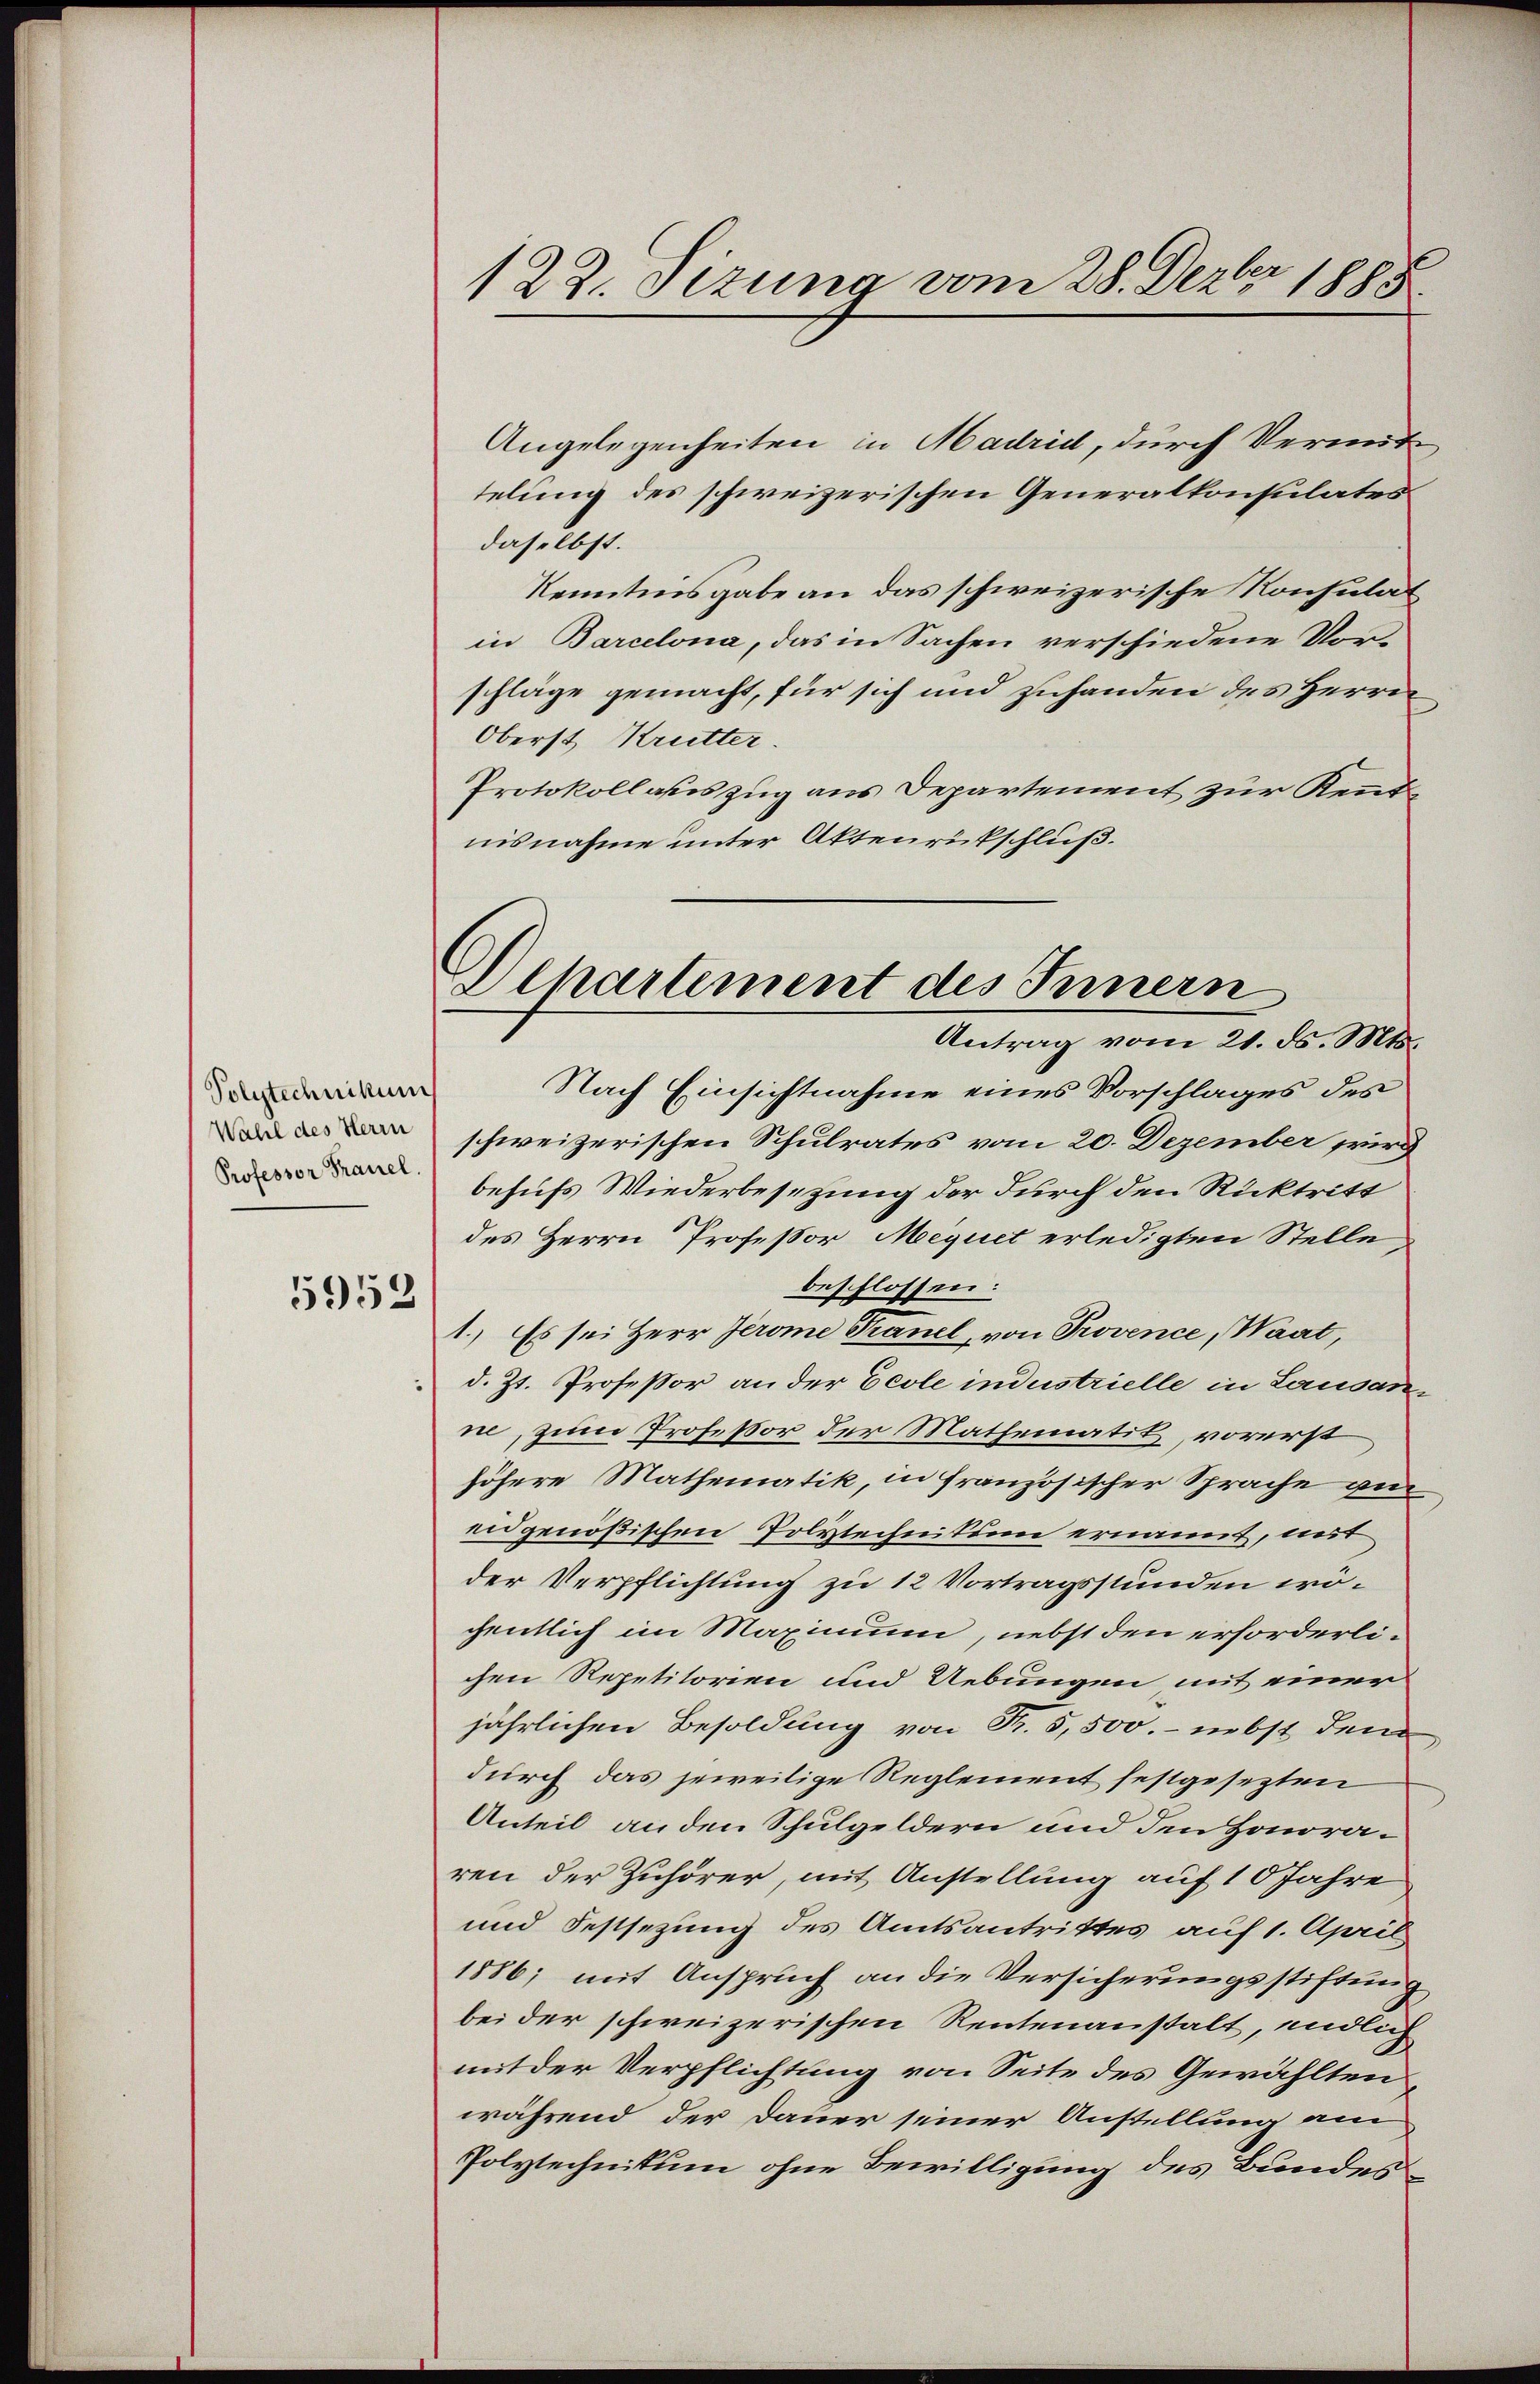
Volytechnikum
Wahl des Herrn
Professor Frauel

5953

123. Sizung vom 28. Dezbr 1885

Dchartement des Innern
Antrag vom 21. ds. Mts.

Angelegenheiten in Madrid, durch Vermittelung des schweizerischen Generalkonsulates
daselbst.
Kenntnisgabe an das schweizerische Konsulat
in Barcelona, das in Sachen verschiedene Vor-
schläge gemacht, für sich und zuhanden des Herrn
Oberst Kruetter.
Protokollauszug aus Departement zur Rentnisnahme unter Aktenrückschluß.
Nach Einsichtnahme eines Vorschlages des
schweizerischen Schulrates vom 20. Dezember wird
behufs Wiederbesetzung der durch den Ricktritt
des Herrn Professor Mequet erledigten Stelle,
beschlossen:
1.) Es sei Herr Jerome Pranel, von Provence, Waat,
d. Zt. Professor an der Ecole industrielle in Lausanne, zum Professor der Mathematik, vorerst
höhere Mathematik, in französischer Sprache au
eidgenößischen Polytechnikum ernannt, mit
der Verpflichtung zu 12 Vortragsstunden wogentlich im Maximum, nebst den erforderlichen Repetitorien und Uebungen, mit einer
jährlichen Besoldung von Fr. 5,500.- nebst dem
durch das jeweilige Reglement festgesezten
Anteil an den Schulgeldern und den Honoraren der Zuhörer, mit Anstellung auf 10 Jahre
und Festsezung des Amtsantrittes auf 1. April
1886; mit Anspruch an die Versicherungsstiftung
bei der schweizerischen Rentenanstalt, endlich
mit der Verpflichtung von Seite des Gewählten,
während der Dauer seiner Anstellung am
Polytechnikum ohne Bewilligung des Bundes¬